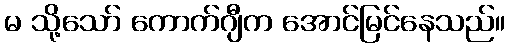
မ သို့သော် ကောက်ဂျီက အောင်မြင်နေသည်။